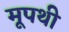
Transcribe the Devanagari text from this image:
मूपथी